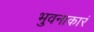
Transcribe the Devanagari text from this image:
भुवनाकारं